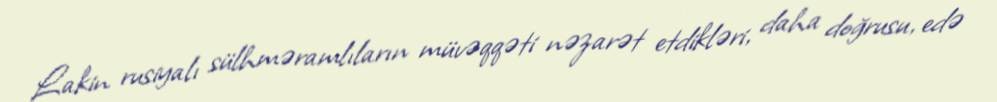
Lakin rusiyalı sülhməramlıların müvəqqəti nəzarət etdikləri, daha doğrusu, edə